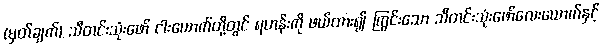
(မှတ်ချက်) သီတင်းသုံးဖော် ငါးယောက်တို့တွင် ရဟန်းကို ဖယ်ထား၍ ကြွင်းသော သီတင်းသုံးဖော်လေးယောက်နှင့်